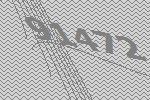
91472